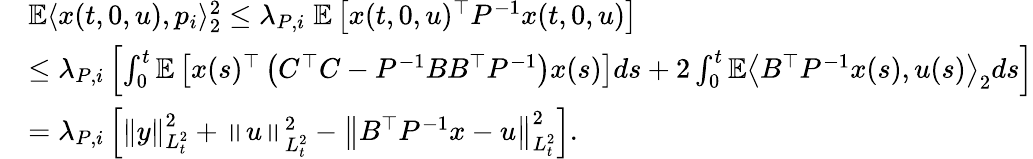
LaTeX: \begin{array}{rl}&{\mathbb E\langle x(t,0,u),p_{i}\rangle_{2}^{2}\leq\lambda_{P,i}\; \mathbb E\left[x(t,0,u)^{\top}P^{-1}x(t,0,u)\right]}\\ &{\leq\lambda_{P,i}\left[\int_{0}^{t}\mathbb E\left[x(s)^{\top}\left(C^{\top}C-P^{-1}BB^{\top}P^{-1}\right)x(s)\right]ds+2\int_{0}^{t}\mathbb E\left\langle B^{\top}P^{-1}x(s),u(s)\right\rangle_{2}ds\right]}\\ &{=\lambda_{P,i}\left[\left\| y\right\| _{L_{t}^{2}}^{2}+\left\| u\right\| _{L_{t}^{2}}^{2}-\left\| B^{\top}P^{-1}x-u\right\| _{L_{t}^{2}}^{2}\right].}\end{array}